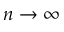
n \to \infty